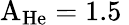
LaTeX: \mathrm{A_{He}}=1.5\